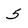
Character: 5